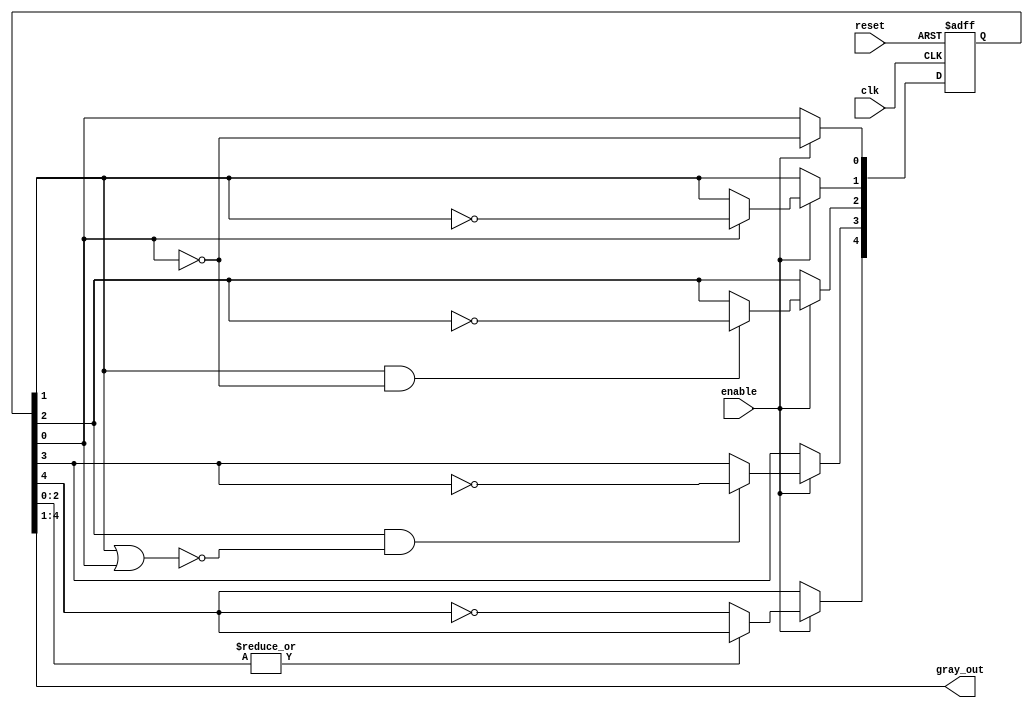
module gray_Nbits (clk, reset, enable, gray_out);

parameter N = 4;
parameter SIZE =(N+1);
parameter Zeros = {N{1'b0}};

integer i, j;
// Place the definition of wires and regs here
input wire clk, reset, enable;
output wire [N-1:0]gray_out;

reg [N:0]toggle;
reg prev;
reg [SIZE-1:0]state;

wire [SIZE-1:0]gray_out_aux;

assign gray_out = gray_out_aux[SIZE-1:1];
assign gray_out_aux = state;

// The state of the Gray counter
always @(posedge clk or posedge reset) begin
	if (reset == 1'b1) begin
		state <= {Zeros,1};
	end
	else begin
		if (enable == 1) begin
			state[0] <= ~gray_out_aux[0];
			for (i=1; i<=N; i=i+1) begin
				if (toggle[i] == 1'b1) begin
					state[i] <= ~gray_out_aux[i];
				end
			end
		end
	end
end

// The combinational logic produces the toggle[N:0] signals
always @ (*) begin
	toggle[0] =  1'b1;
	toggle[1] = state[0];	//checks aux bit
	for (i=2; i<N; i=i+1) begin
		prev = state[i-2];
		for (j = i-3; j >= 0; j = j-1) begin
			prev = prev | state[j];
		end
		toggle[i] = state[i-1] & (~prev);
	end
	toggle[N] = ~(|state[N-2:0]);
end

endmodule